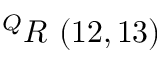
^ { Q } R \ ( 1 2 , 1 3 )